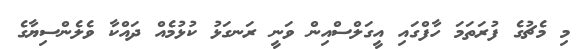
މި މެޗުގެ ފުރަތަމަ ހާފްގައި އީގަލްސްއިން ވަނީ ރަނގަޅު ކުޅުމެއް ދައްކާ ވެލެންސިޔާގެ